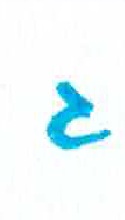
אות: ג